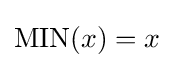
{\textstyle \operatorname {MIN} ({x})=x}